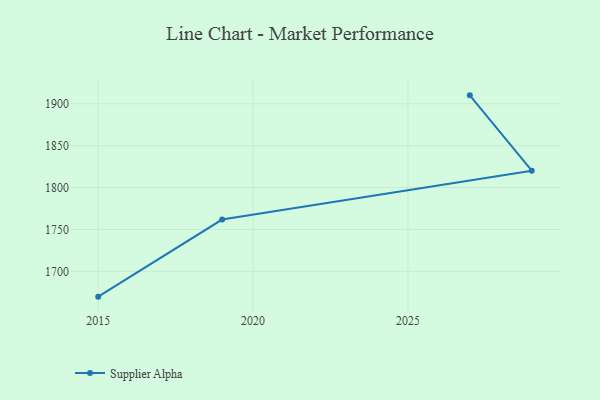
{"axis": {"x": "Year", "y": "Humidity (%)"}, "legend": ["Supplier Alpha"], "data": [{"x": "2027", "y": 1910.1, "type": "Supplier Alpha"}, {"x": "2029", "y": 1820.1, "type": "Supplier Alpha"}, {"x": "2019", "y": 1761.8, "type": "Supplier Alpha"}, {"x": "2015", "y": 1669.8, "type": "Supplier Alpha"}]}